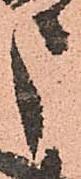
申